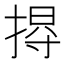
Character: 𢰐